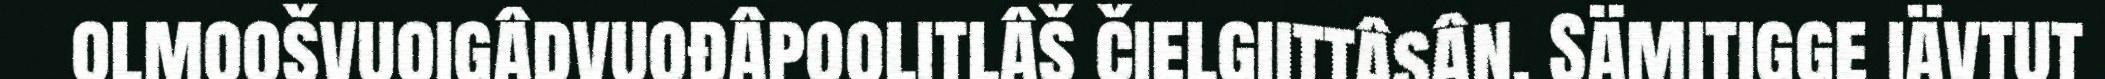
olmoošvuoigâdvuođâpoolitlâš čielgiittâsân. Sämitigge iävtut